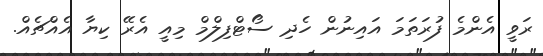
ރަވީ އެންމެ ފުރަތަމަ އައިނުން ހެދި ސޯޓްފިލްމް މިއީ އެރޭ ކިޔާ އެއްޗެއް.